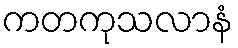
ကတကုသလာနံ